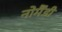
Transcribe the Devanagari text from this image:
नोर्मैंडी